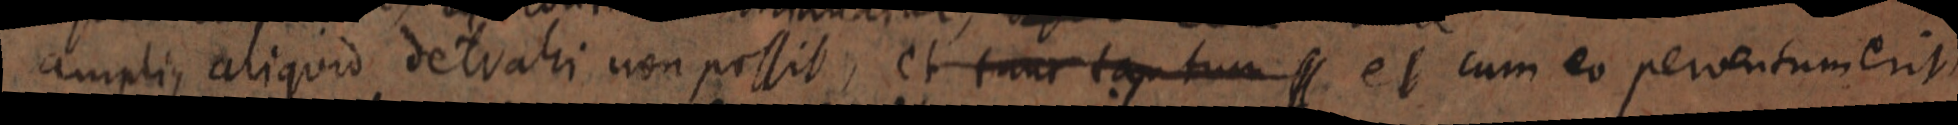
amplius aliquid detrahi non possit, et tunc tantum et cum eo perventum erit